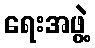
ရေးအဖွဲ့